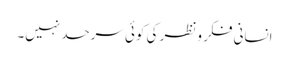
انسانی فکر و نظر کی کوئی سرحد نہیں۔